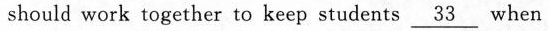
should work together to keep students \underline{33} when